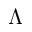
\Lambda